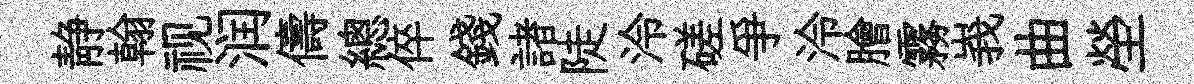
静翰视润儔總倅錢諸陡泠磋爭泠膾霧峩曲塋